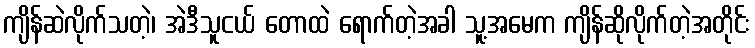
ကျိန်ဆဲလိုက်သတဲ့၊ အဲဒီသူငယ် တောထဲ ရောက်တဲ့အခါ သူ့အမေက ကျိန်ဆိုလိုက်တဲ့အတိုင်း